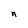
Character: n